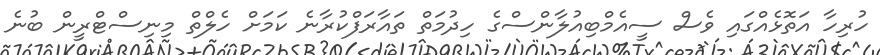
ހުރިހާ އަތޮޅެއްގައި ވެސް ސީއެމްބިއުލާންސްގެ ހިދުމަތް ތައާރަފްކުރާނެ ކަމަށް ހެލްތް މިނިސްޓްރީން ބުނެ